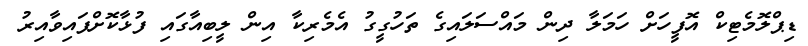
ޑިޕްލޮމެޓިކް އޮފީހަށް ހަމަލާ ދިން މައްސަލައިގެ ތަހުގީގު އެމެރިކާ އިން ލީބިއާގައި ފުޅާކޮށްފައިވާއިރު